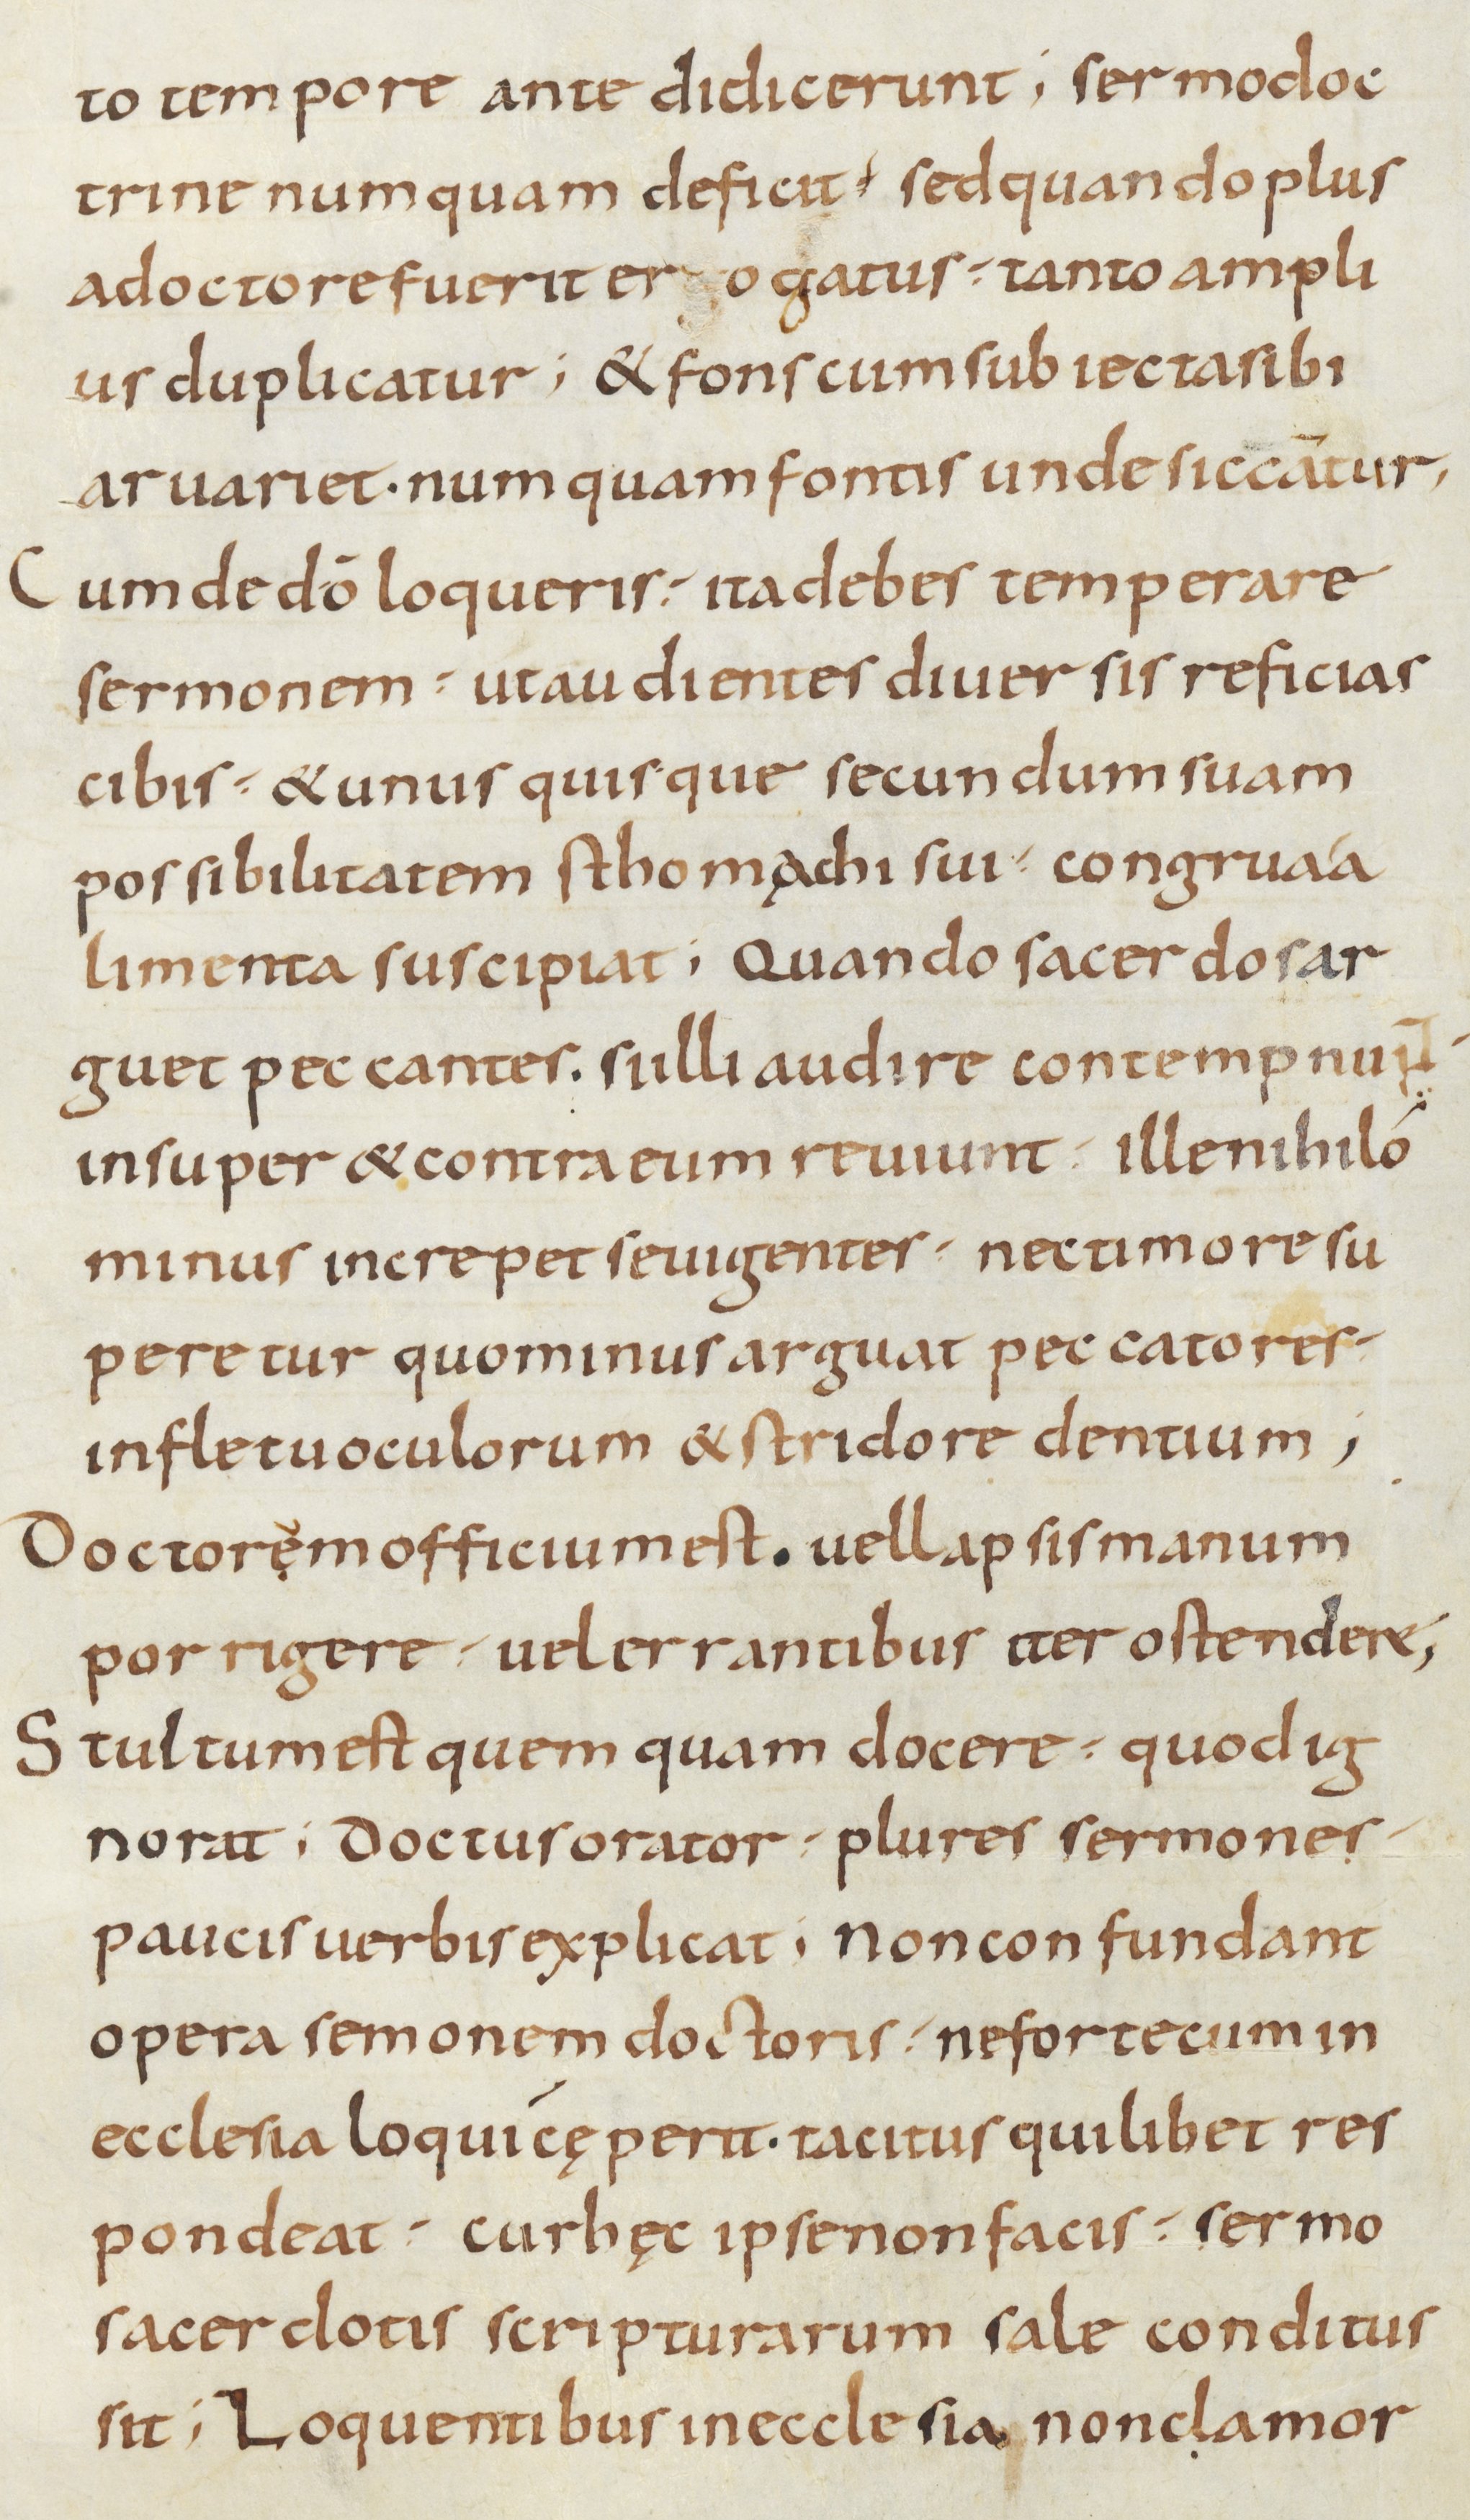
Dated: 800–899